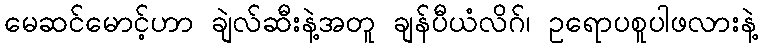
မေဆင်မောင့်ဟာ ချဲလ်ဆီးနဲ့အတူ ချန်ပီယံလိဂ်၊ ဥရောပစူပါဖလားနဲ့